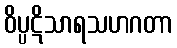
ဝိပ္ပဋိသာရသဟဂတာ